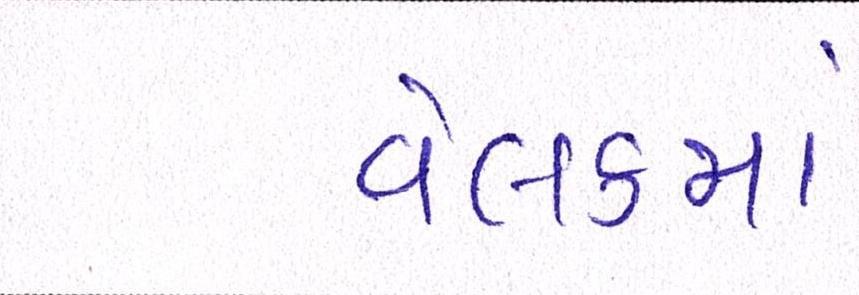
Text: વેલકમ